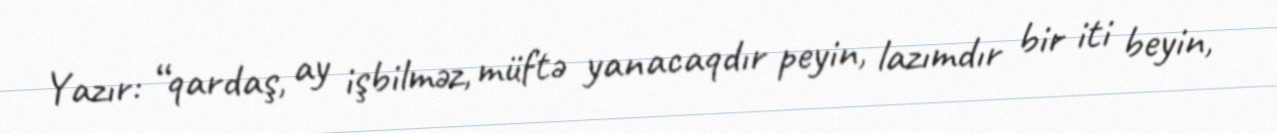
Yazır: “qardaş, ay işbilməz, müftə yanacaqdır peyin, lazımdır bir iti beyin,